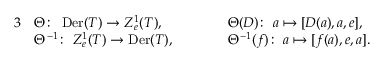
\begin{array} { r l r l r } { { 3 } } & { \Theta \colon \ \operatorname { D e r } ( T ) \to Z _ { e } ^ { 1 } ( T ) , \qquad } & & { \Theta ( D ) \colon \ a \mapsto [ D ( a ) , a , e ] , } & \\ & { \Theta ^ { - 1 } \colon \ Z _ { e } ^ { 1 } ( T ) \to \operatorname { D e r } ( T ) , \qquad } & & { \Theta ^ { - 1 } ( f ) \colon \ a \mapsto [ f ( a ) , e , a ] . } & \end{array}